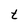
Character: t